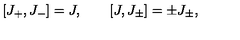
[ J _ { + } , J _ { - } ] = J , \qquad [ J , J _ { \pm } ] = \pm J _ { \pm } ,